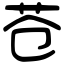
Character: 苍